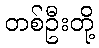
တစ်ဦးတို့